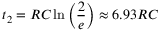
t _ { 2 } = R C \ln \left( \frac { 2 } { e } \right) \approx 6 . 9 3 R C